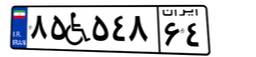
۸۵W۵۴۸۶۴